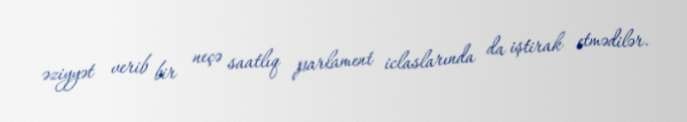
əziyyət verib bir neçə saatlıq parlament iclaslarında da iştirak etmədilər.